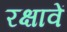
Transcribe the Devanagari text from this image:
रक्षावें